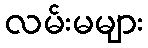
လမ်းမများ